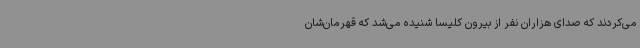
می‌کردند که صدای هزاران نفر از بیرون کلیسا شنیده می‌شد که قهرمان‌شان